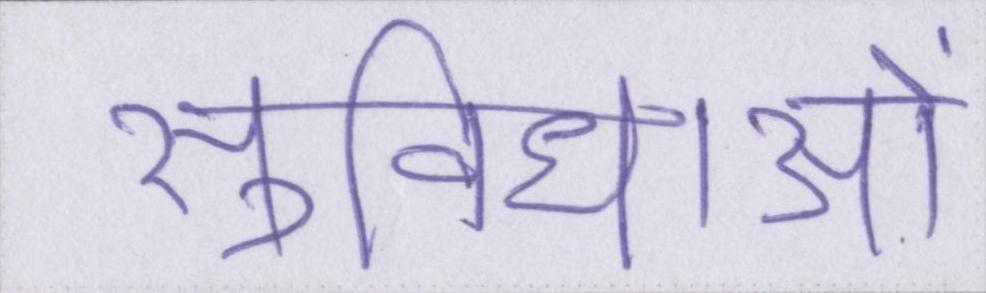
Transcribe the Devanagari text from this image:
सुविधाओं